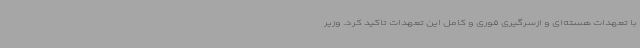
با تعهدات هسته‌ای و ازسرگیری فوری و کامل این تعهدات تاکید کرد. وزیر